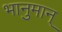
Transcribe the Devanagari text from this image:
भानुमान्